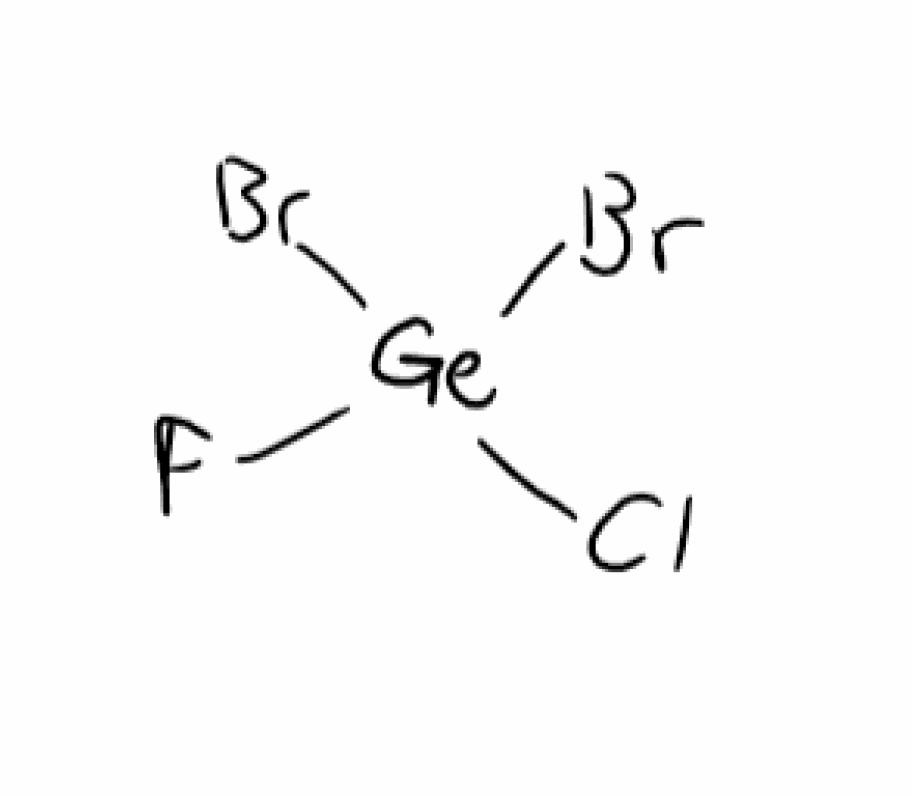
Simplified molecular-input line-entry system (SMILES) notation of the given molecule:
F[Ge](Cl)(Br)Br